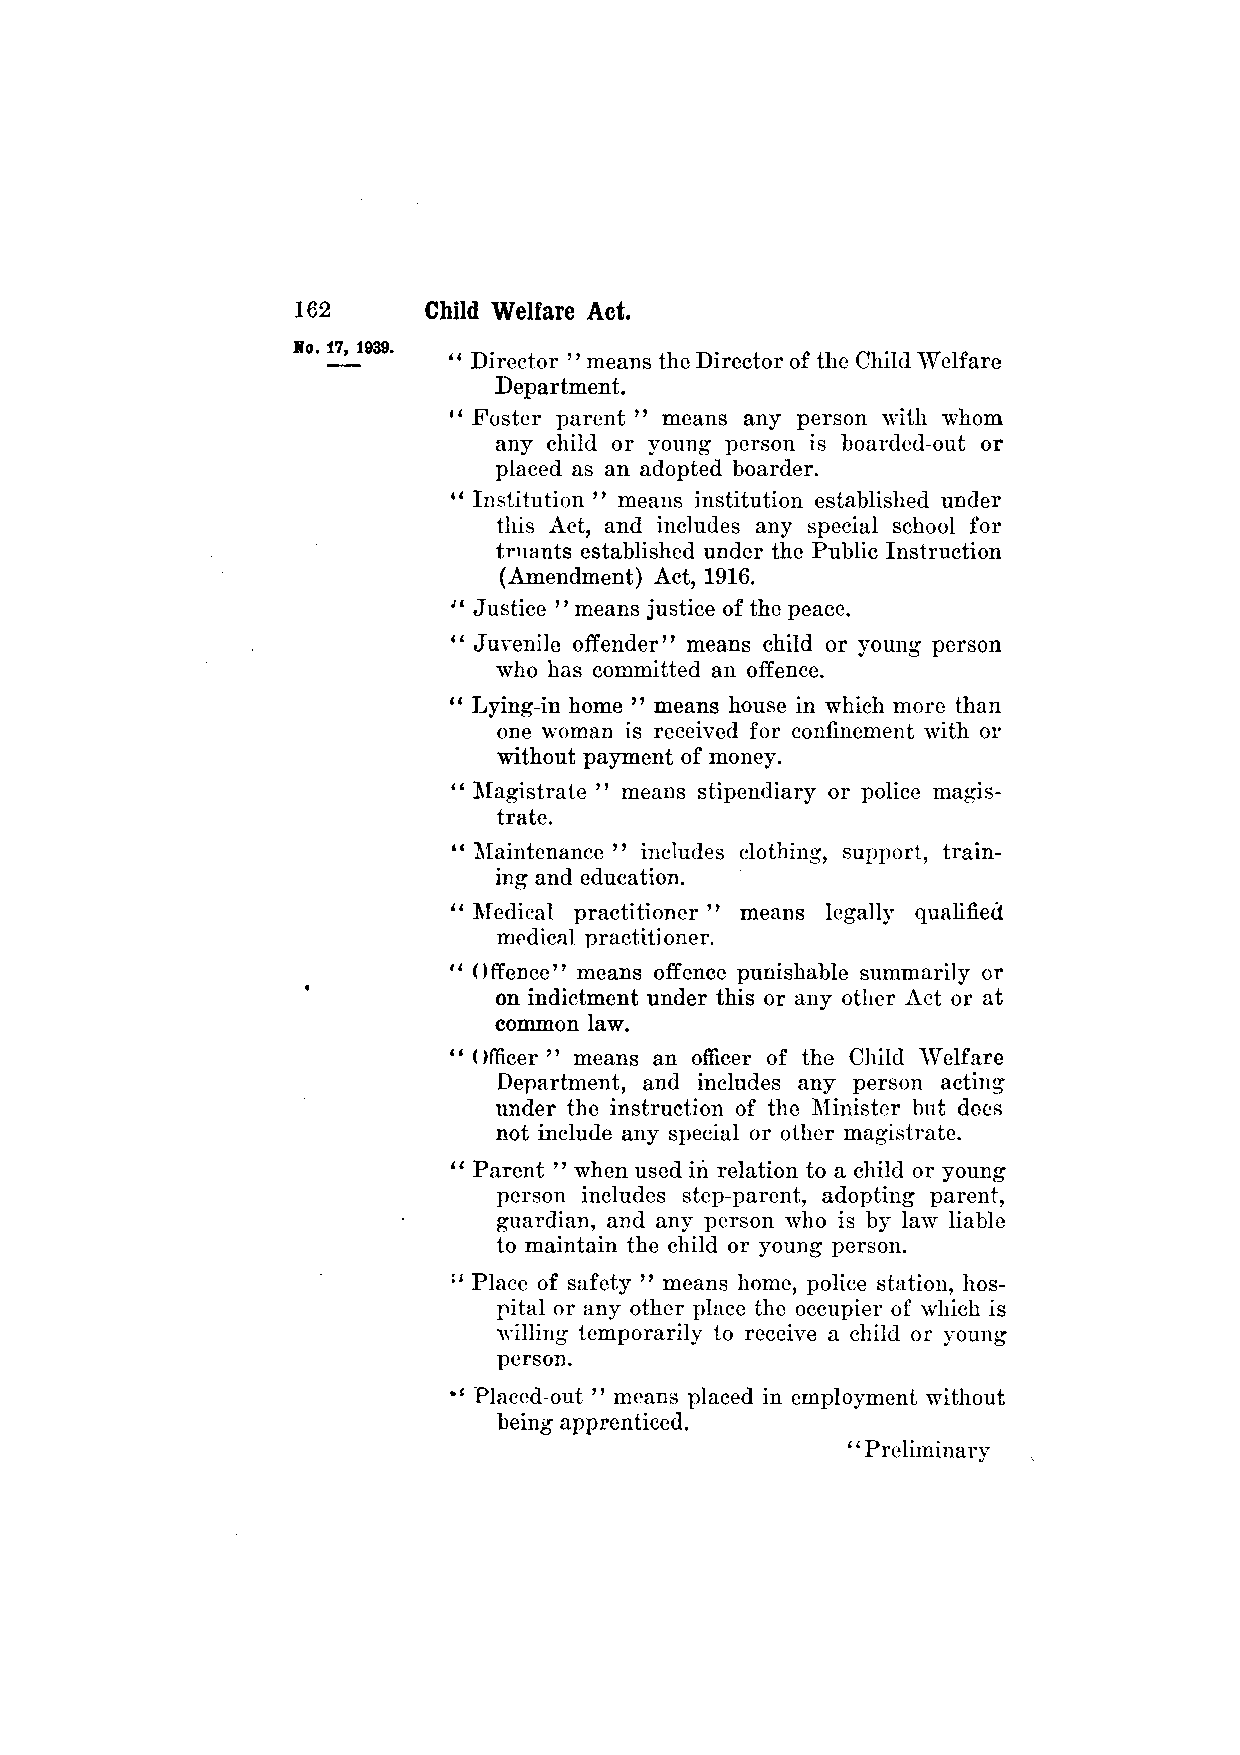
" Director " means the Director of the Child AVelfare
 Department.
 " Foster parent " means any person with whom
 any child or young person is boarded-out or
 placed as an adopted boarder.
 " Institution " means institution established under
 this Act, and includes any special school for
 truants established under the Public Instruction
 (Amendment) Act, 1916.
 " Justice " means justice of the peace.
 " Juvenile offender" means child or young person
 who has committed an offence.
 " Lying-in home " means house in which more than
 one woman is received for confinement with or
 without payment of money.
 " Magistrate " means stipendiary or police magis­
 trate.
 " Maintenance " includes clothing, support, train­
 ing and education.
 " Medical practitioner " means legally qualified
 medical practitioner.
 " Offence" means offence punishable summarily or
 on indictment under this or any other Act or at
 common law.
 "Officer" means an officer of the Child Welfare
 Department, and includes any person acting
 under the instruction of the Minister but docs
 not include any special or other magistrate.
 '' Parent '' when used in relation to a child or young
 person includes step-parent, adopting parent,
 guardian, and any person who is by law liable
 to maintain the child or young person.
 " Place of safety " means home, police station, hos­
 pital or any other place the occupier of which is
 willing temporarily to receive a child or young
 person.
 " Placed-out " means placed in employment without
 being apprenticed.
 "Preliminary